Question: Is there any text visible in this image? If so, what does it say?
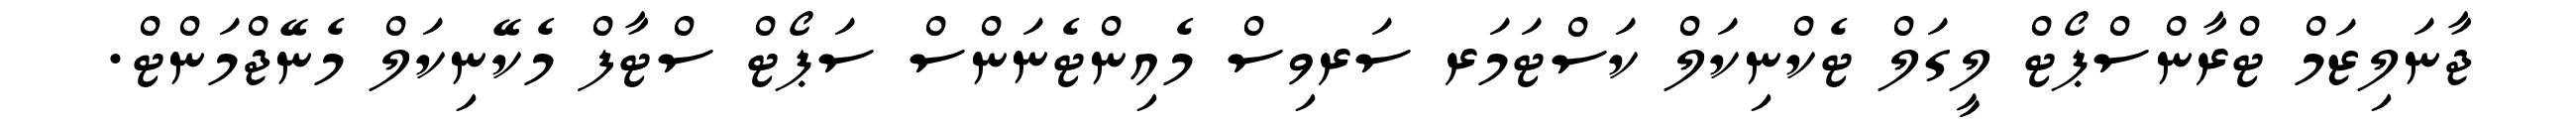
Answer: ޖާނަލިޒަމް ޓްރާންސްޕޯޓް ލީގަލް ޓެކްނިކަލް ކަސްޓަމަރ ސަރވިސް މެއިންޓެނަންސް ސަޕޯޓް ސްޓާފް މެކޭނިކަލް މެނޭޖްމަންޓް.